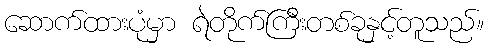
ဆောက်ထားပုံမှာ ရဲတိုက်ကြီးတစ်ခုနှင့်တူသည်။